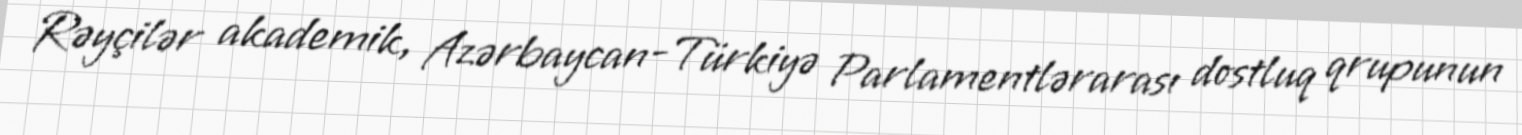
Rəyçilər akademik, Azərbaycan-Türkiyə Parlamentlərarası dostluq qrupunun